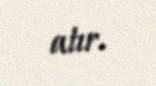
atır.